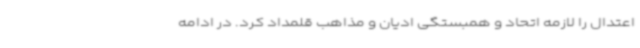
اعتدال را لازمه اتحاد و همبستگی ادیان و مذاهب قلمداد کرد. در ادامه